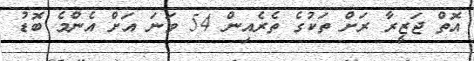
އޮތް ޖަޒީރާ ރަށް ތަކުގެ ތެރެއިން 54 ވަނަ އަށް އެންމެ ބޮޑު